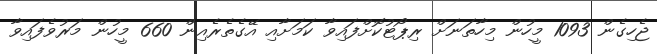
ޖެހިގެން 1093 މީހުން މިހާތަނަށް ރިޕޯޓުކޮށްފައިވާ ކަމަށާއި އޭގެތެރެއިން 660 މީހުން މަރުވެފައިވާ